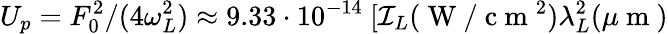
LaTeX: U_{p}=F_{0}^{2}/(4\omega_{L}^{2})\approx9.33\cdot10^{-14}\ [\mathcal{I}_{L}(\mathrm{{~W~}}/\mathrm{{~c~m~}}^{2})\lambda_{L}^{2}(\mu\mathrm{{~m~}})